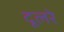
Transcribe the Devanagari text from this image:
दूलरे